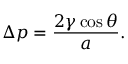
\Delta p = { \frac { 2 \gamma \cos \theta } { a } } .